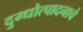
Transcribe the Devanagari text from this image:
दुग्धोत्पादनाचे